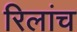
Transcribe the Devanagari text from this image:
रिलांच